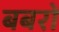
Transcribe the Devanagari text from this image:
बबरों